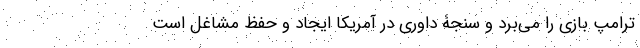
ترامپ بازی را می‌برد و سنجۀ داوری در آمریکا ایجاد و حفظ مشاغل است